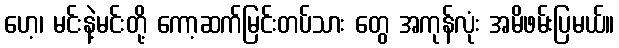
ဟေ့၊ မင်းနဲ့မင်းတို့ ကော့ဆက်မြင်းတပ်သား တွေ အကုန်လုံး အမိဖမ်းပြမယ်။